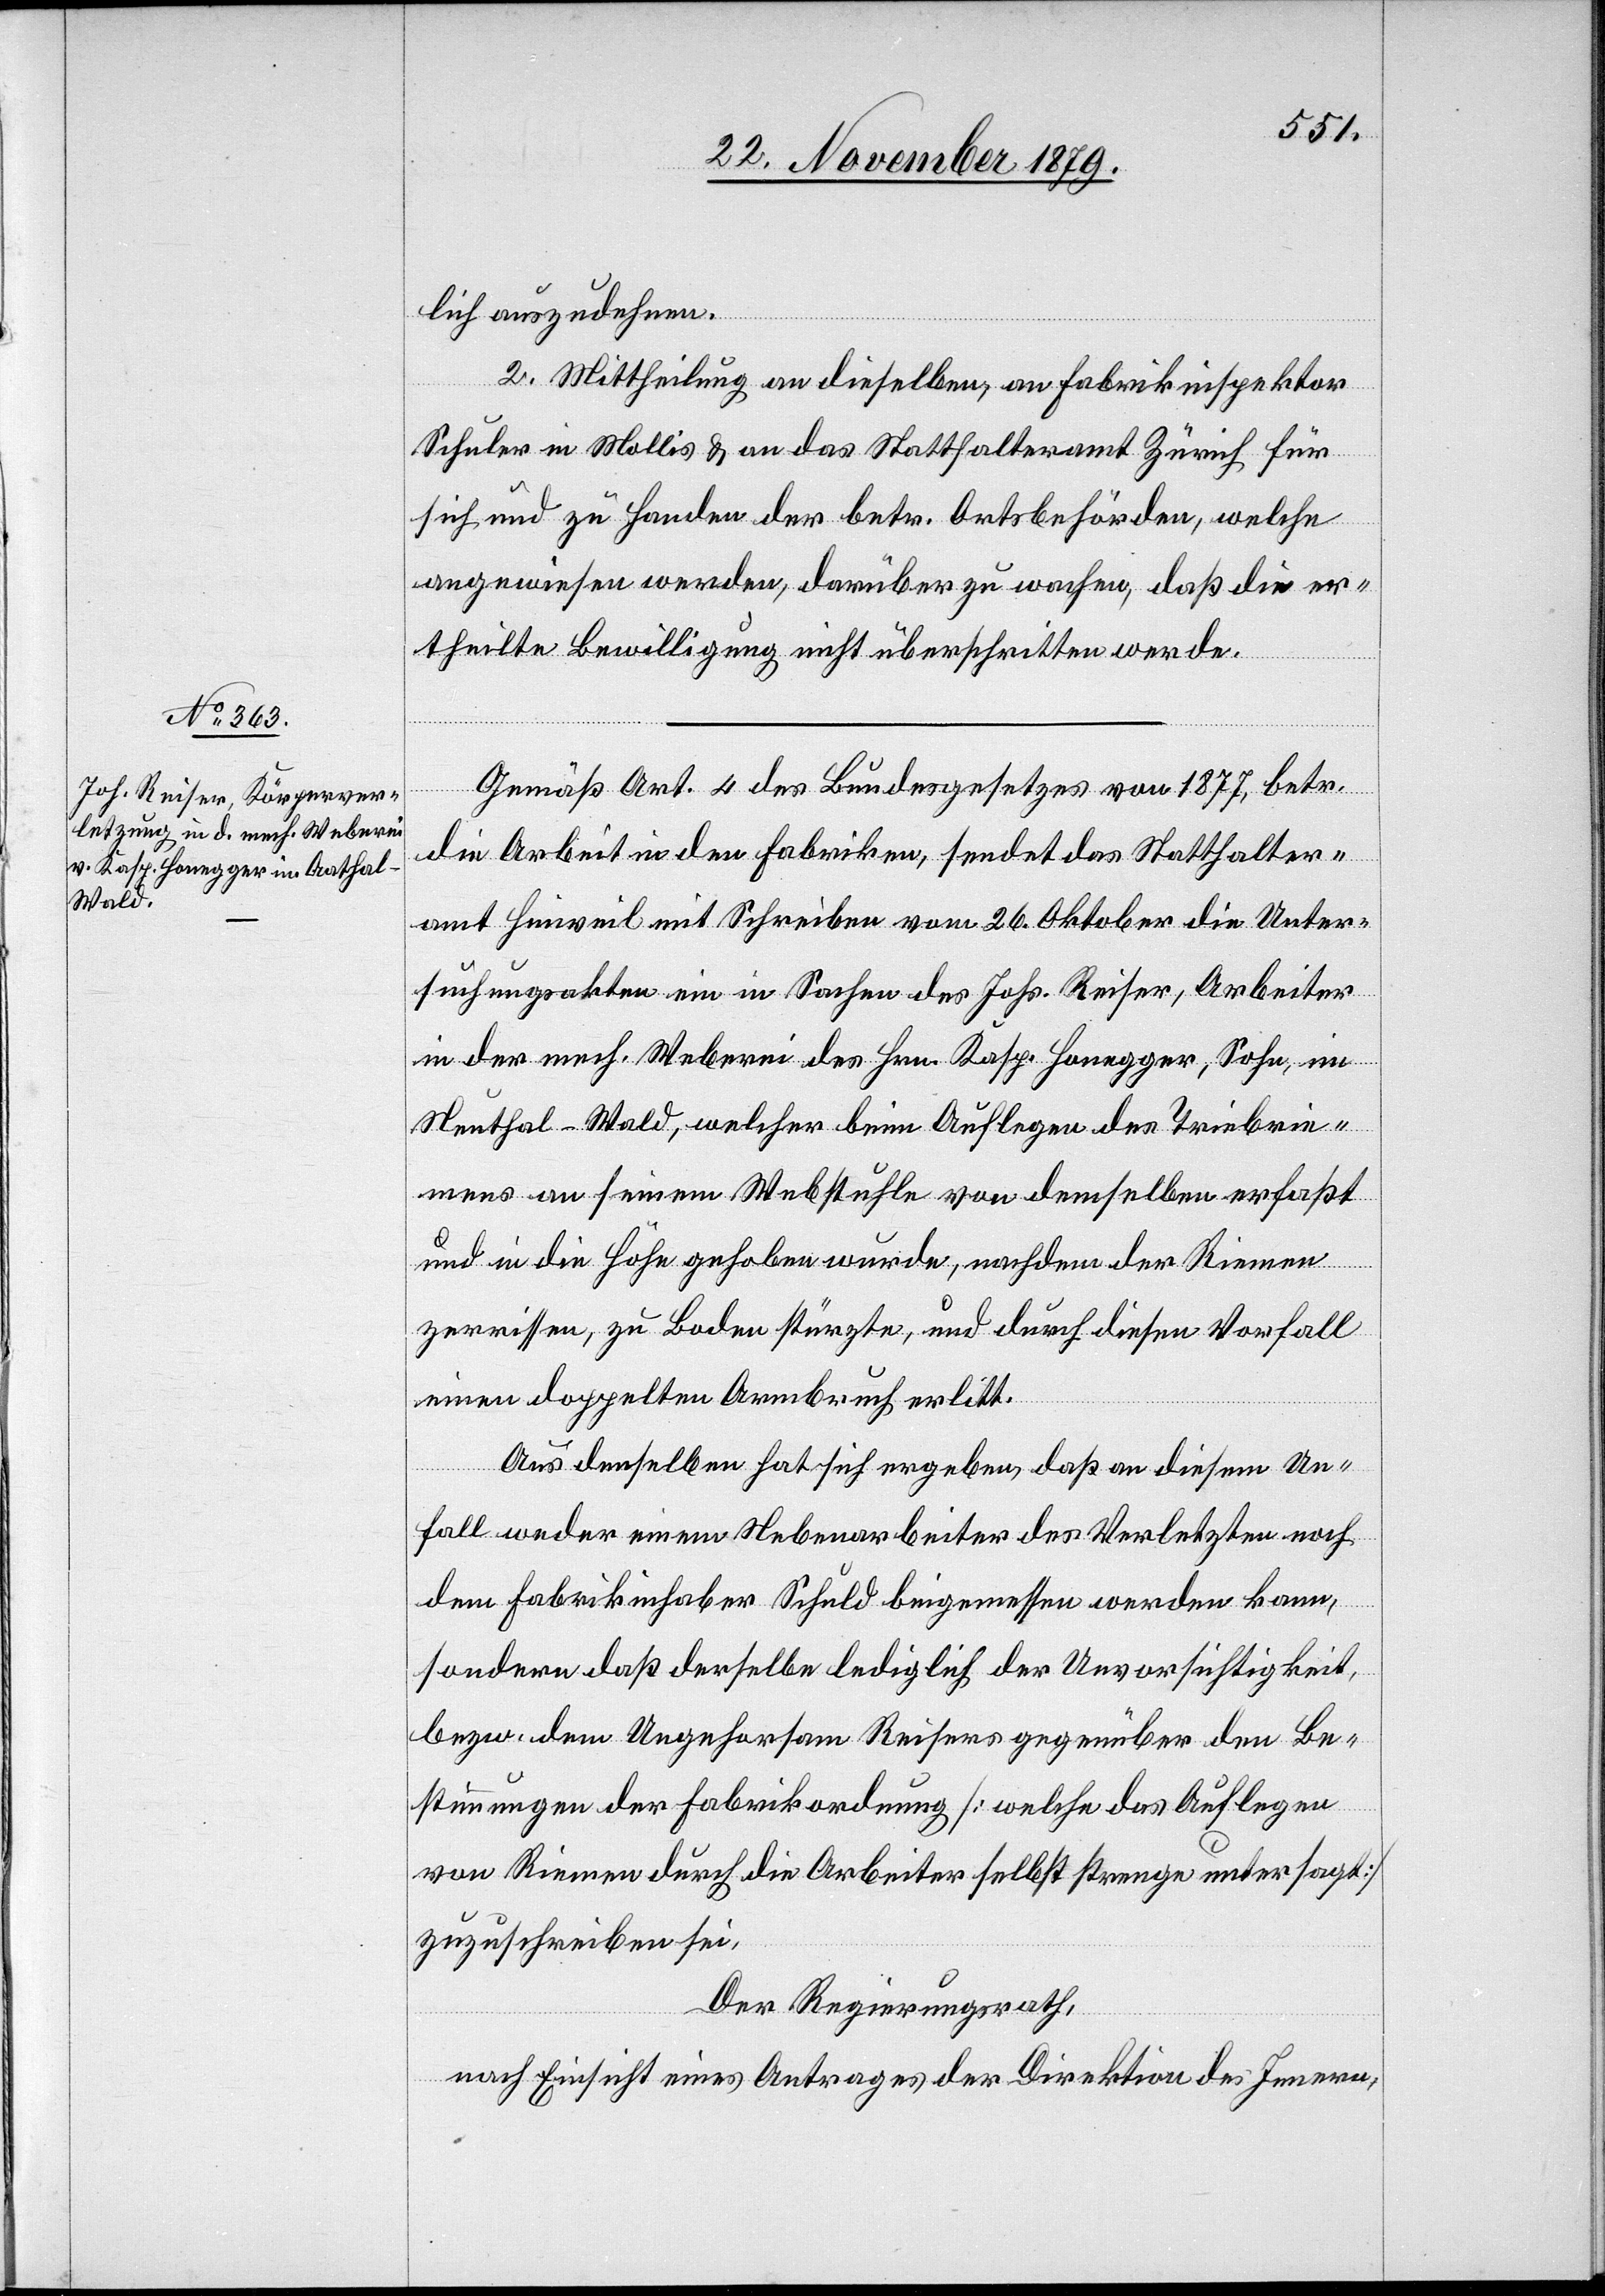
lich auszudehnen.
2. Mittheilung an dieselben, an Fabrikinspektor
Schuler in Mollis & an das Statthalteramt Zürich für
sich und zu Handen der betr. Ortsbehörden, welche
angewiesen werden, darüber zu wachen, daß die er¬
theilte Bewilligung nicht überschritten werde.
Gemäß Art. 4 des Bundesgesetzes von 1877, betr.
die Arbeit in den Fabriken, sendet das Statthalter¬
amt Hinweil mit Schreiben vom 26. Oktober die Unter¬
suchungsakten ein in Sachen des Johs. Reiser, Arbeiter
in der mech. Weberei des Hrn. Kasp. Honegger, Sohn, im
Neuthal - Wald, welcher beim Auflegen des Triebrie¬
mens auf seinem Webstuhl von demselben erfaßt
und in die Höhe gehoben wurde, nachdem der Riemen
zerrissen, zu Boden stürzte, und durch diesen Vorfall
einen doppelten Armbruch erlitt.
Aus demselben hat sich ergeben, daß an diesem Un¬
fall weder einem Nebenarbeiter des Verletzten noch
dem Fabrikinhaber Schuld beigemessen werden kann,
sondern daß derselbe lediglich der Unvorsichtigkeit,
bezw. dem Ungehorsam Reisers gegenüber den Be¬
stimmungen der Fabrikordnung [welche das Auflegen
von Riemen durch die Arbeiter selbst strenge untersagt]
zuzuschreiben sei.
Der Regierungsrath,
nach Einsicht eines Antrages der Direktion des Innern,